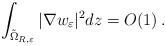
LaTeX: \begin{align*} \int_{\tilde{\Omega}_{R,\varepsilon}}|\nabla w_\varepsilon|^2 dz=O(1)\,. \end{align*}